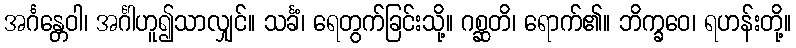
အင်္ဂန္တေဝါ၊ အင်္ဂါဟူ၍သာလျှင်။ သင်္ခံ၊ ရေတွက်ခြင်းသို့။ ဂစ္ဆတိ၊ ရောက်၏။ ဘိက္ခဝေ၊ ရဟန်းတို့။